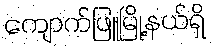
ကျောက်ဖြူမြို့နယ်ရှိ